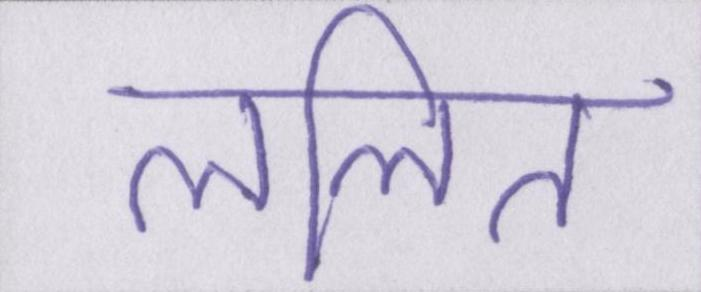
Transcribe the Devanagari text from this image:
ललित